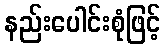
နည်းပေါင်းစုံဖြင့်